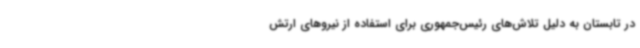
در تابستان به دلیل تلاش‌های رئیس‌جمهوری برای استفاده از نیروهای ارتش